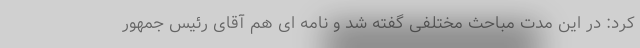
کرد: در این مدت مباحث مختلفی گفته شد و نامه ای هم آقای رئیس جمهور